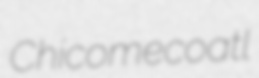
Chicomecoatl